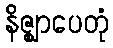
နိဇ္ဈာပေတုံ